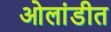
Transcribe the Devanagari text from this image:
ओलांडीत